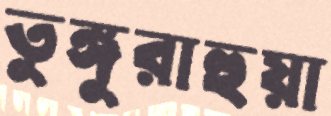
তুঙ্গুরাহুয়া